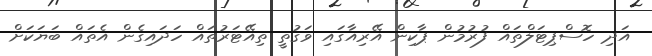
އަދި ހޮސްޕިޓަލްތައް ފުުރުމުން ޕާކިން އޭރިއާގައި ވަގުތީ ތިއޭޓަރުތައް ހަދައިގެން އެތައް ބަޔަކަށް